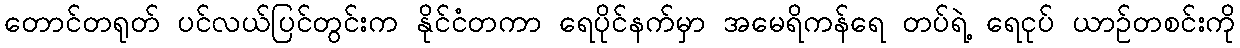
တောင်တရုတ် ပင်လယ်ပြင်တွင်းက နိုင်ငံတကာ ရေပိုင်နက်မှာ အမေရိကန်ရေ တပ်ရဲ့ ရေငုပ် ယာဉ်တစင်းကို